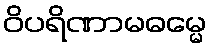
ဝိပရိဏာမဓမ္မေ